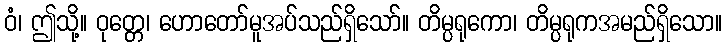
ဝံ၊ ဤသို့။ ဝုတ္တေ၊ ဟောတော်မူအပ်သည်ရှိသော်။ တိမ္ပရုကော၊ တိမ္ပရုကအမည်ရှိသော။